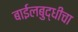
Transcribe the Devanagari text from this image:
बाईलबुद्धीचा